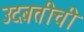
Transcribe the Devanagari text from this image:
उदबत्तीची